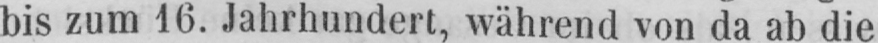
bis zum 16. Jahrhundert, während von da ab die